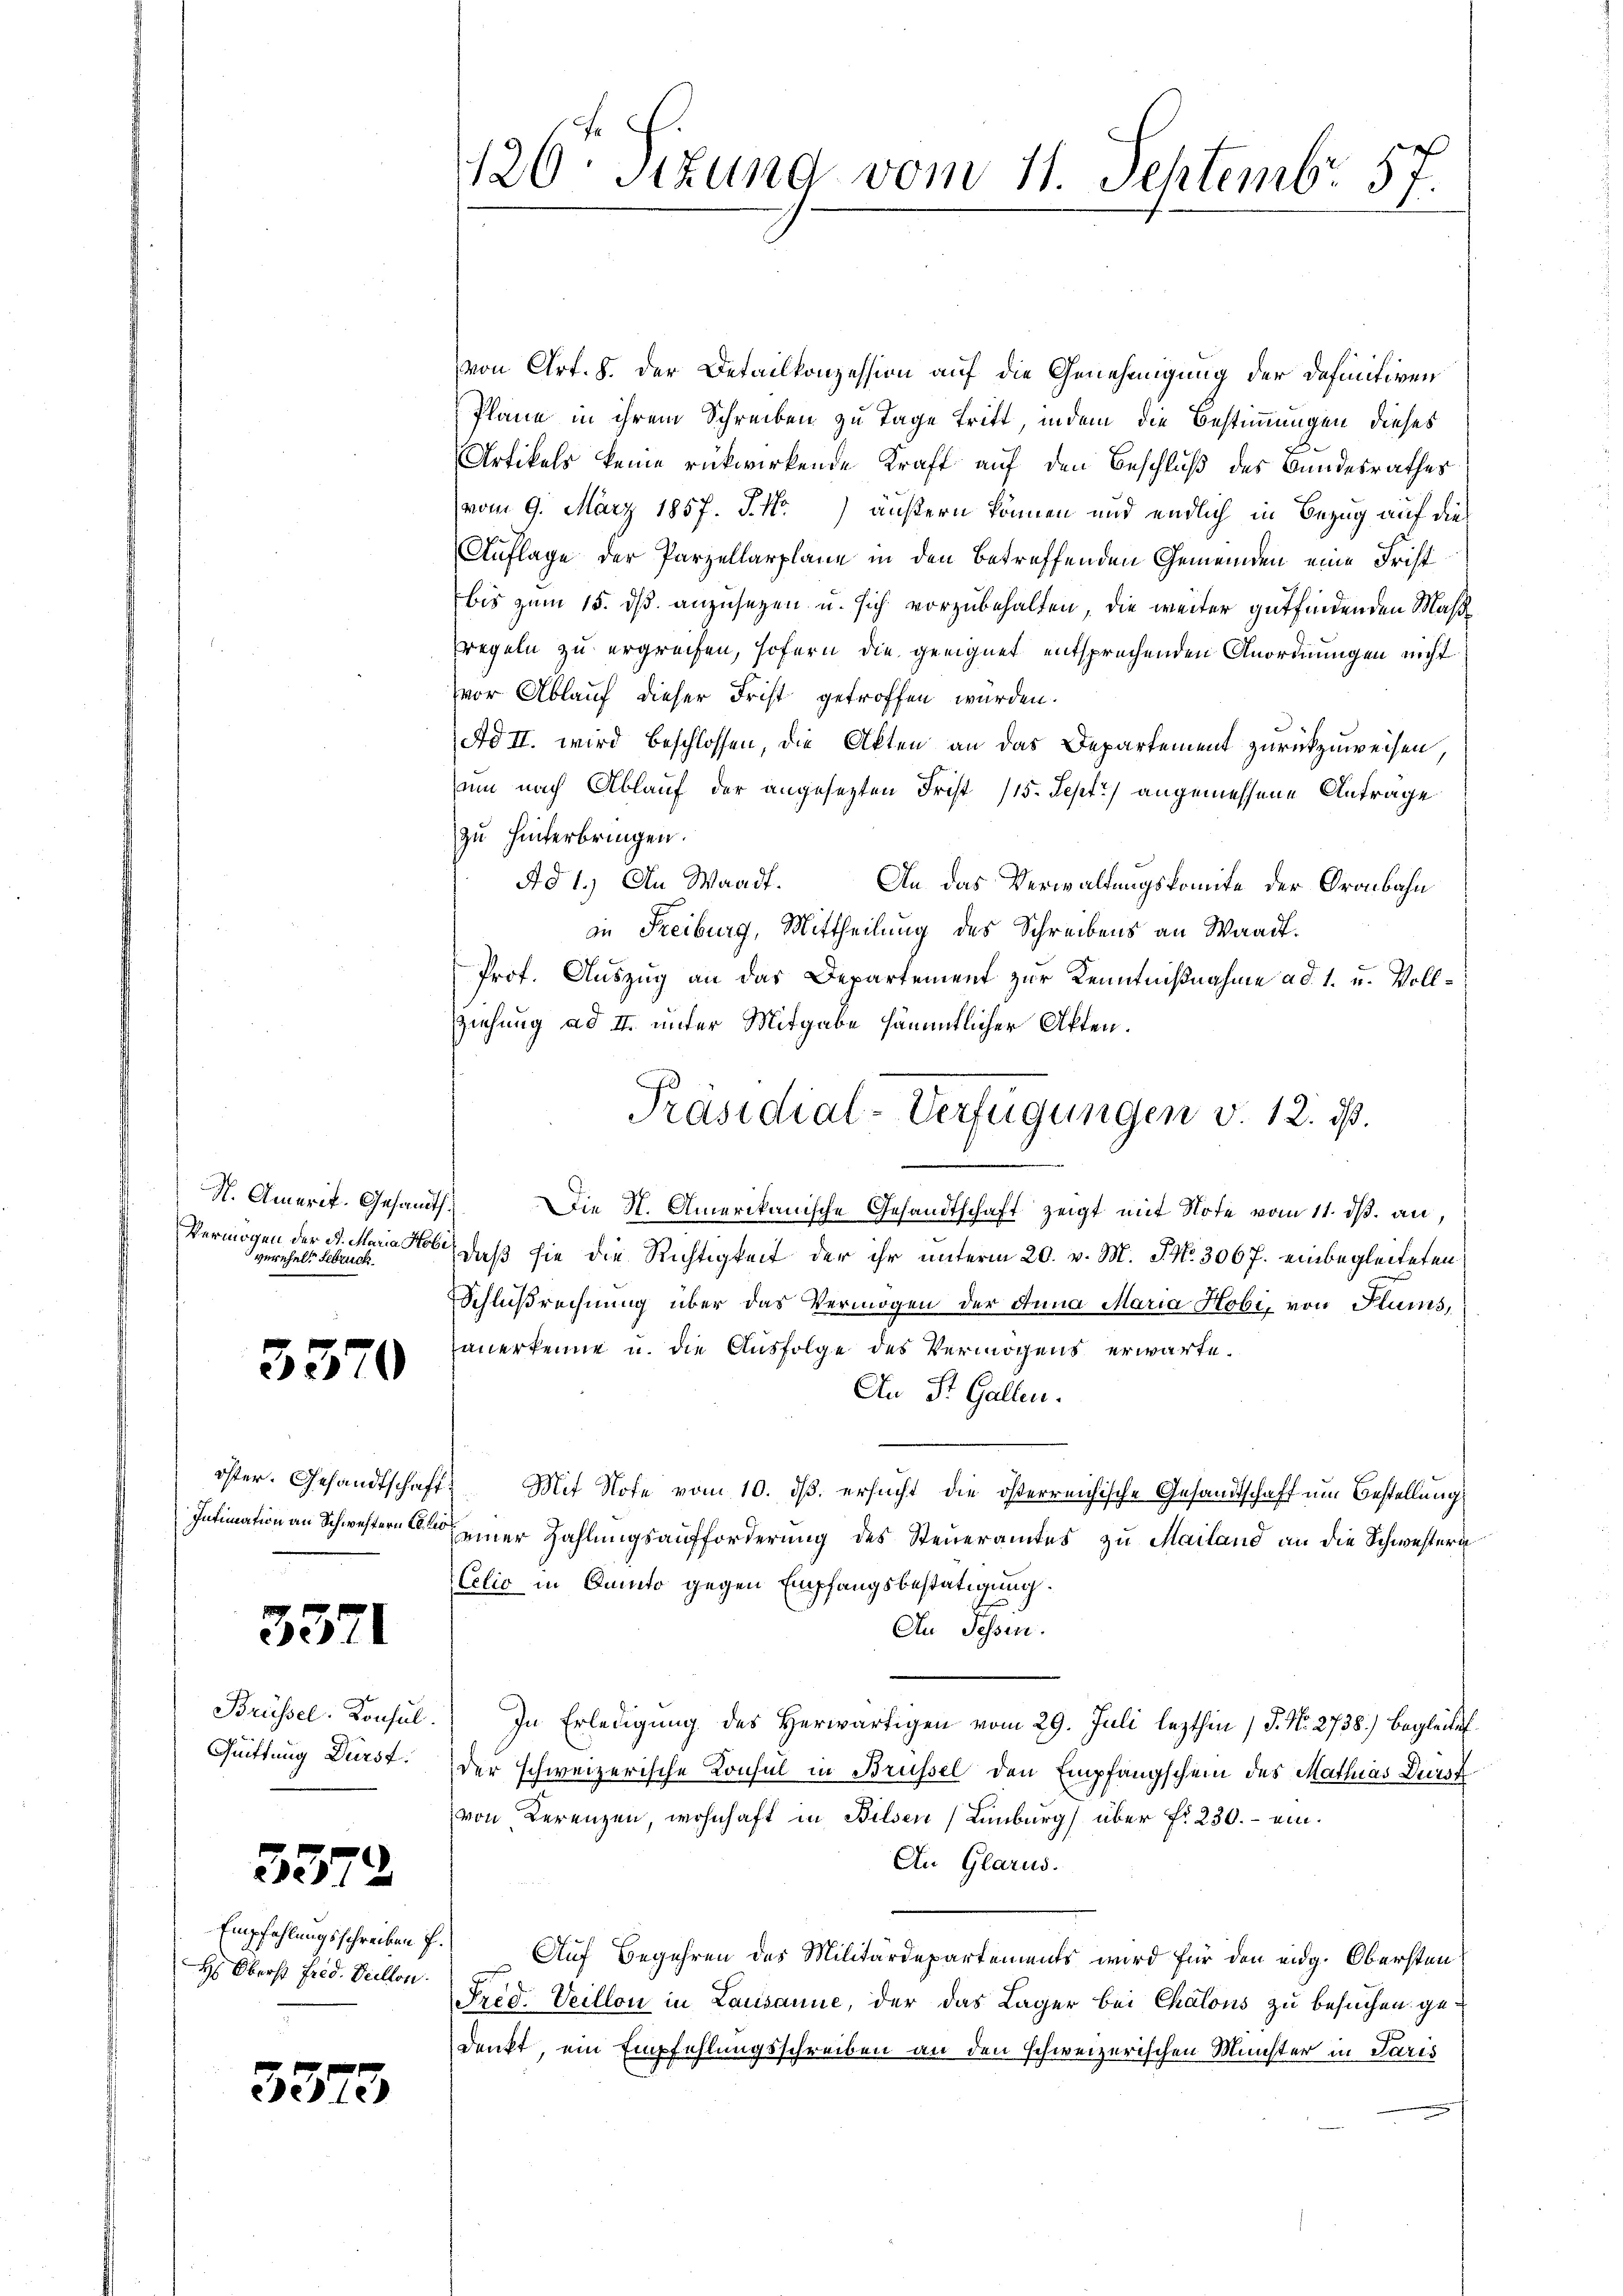
N. Amerit. Gesandt.
Vermögen der A. Maria Hobeverehel. Februck.

3570

öster. Gesandtschaft
Intimation an Schwestern E.

3371

Brüssel. Konsul.
Quittung Dürst

3372

Empfehlungsschreiben f
H: Oberst Fried. Viellen.

33.

3

126. Stund vom 11. Septemb. 57.

von Art. 8. der Detailkonzession auf die Genehmigung der Definitiven
Plane in ihrem Schreiben zu Tage tritt, indem die Bestimmungen dieses
Artikels keine rückwirkende Kraft auf den Beschluß des Bundesrathes
vom 9. März 1857. P. Nr.) äußern können und endlich in Bezug auf die
Auflage der Parzellarplane in den betreffenden Gemeinden eine Frist
bis zum 15. ds. anzusetzen u. sich vorzubehalten, die weiter gutfindenden Maßregeln zu ergreifen, sofern die geeignet entsprechenden Anordnungen nicht
vor Ablauf dieser Frist getroffen wurden.
Ad II. wird beschlossen, die Akten an das Departement zurückzuweisen,
sum nach Ablauf der angesetzten Frist (15. Sept.) angemessene Antrage
zu hinterbringen.
Ad 1.) An Waadt. An das Verwaltungskomite der Gronbahn
an Freiburg, Mittheilung des Schreibens an Waadt.
Prof. Auszug an das Departement zur Kenntnißnahme ad 1. u. Vollziehung ad II. unter Mitgabe sämmtlicher Akten.
 Die St. Amerikanische Gesandtschaft zeigt mit Note vom 11. ds. an,
daß sie die Richtigkeit der ihr unterm 20. v. M. J. N. 3067. einbegleiteten
Schlußrechnung über das Vermögen der Anna Maria Hobi, von Plums,
anerkenne u. die Ausfolge des Vermögens erwarte.
An St. Gallen.
 Mit Note vom 10. ds. ersucht die österreichische Gesandtschaft um Bestellung
einer Zahlungsaufforderung des Steueramtes zu Mailand an die Schwestern
Celio in Canto gegen Empfangsbestätigung.
An Fessen.
In Erledigung des Herwärtigen vom 29. Juli lezthin 1 S. Nr. 2738) begleitet.
der schweizerische Konsul in Brüssel den Empfangschein des Mathias Durst
von Lerenzen wohnhaft in Bilsen (Linburg über fr. 230. – ein¬
An Glarus.
Auf Begehren des Militärdepartements wird für den eidg. Obersten
Fred. Veillon in Lausanne, der das Lager bei Chalous zu besuchen gedenkt, ein Empfehlungsschreiben an den schweizerischen Münster in Paris

Präsidial-Verfügungen v. 12. ds.